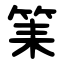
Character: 筙